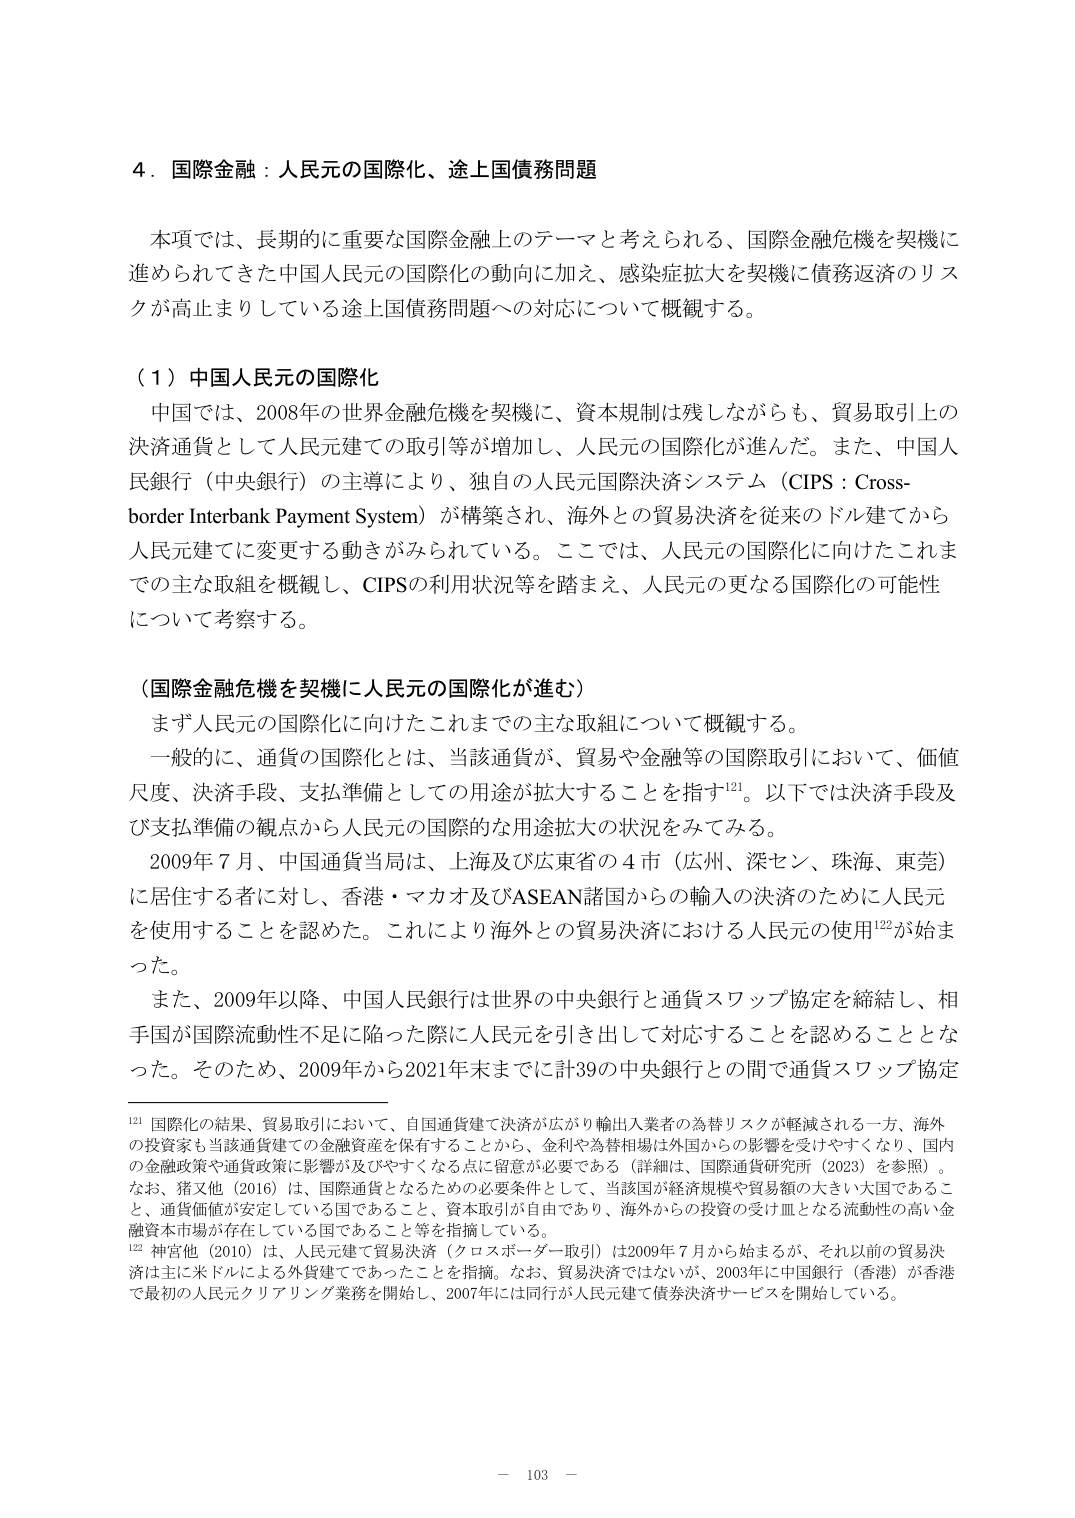
4．国際金融：人民元の国際化、途上国債務問題

本項では、長期的に重要な国際金融上のテーマと考えられる、国際金融危機を契機に進められてきた中国人民元の国際化の動向に加え、感染症拡大を契機に債務返済のリスクが高止まりしている途上国債務問題への対応について概観する。

（1）中国人民元の国際化

中国では、2008年の世界金融危機を契機に、資本規制は残しながらも、貿易取引上の決済通貨として人民元建ての取引等が増加し、人民元の国際化が進んだ。また、中国人民銀行（中央銀行）の主導により、独自の人民元国際決済システム（CIPS：Cross-border Interbank Payment System）が構築され、海外との貿易決済を従来のドル建てから人民元建てに変更する動きがみられている。ここでは、人民元の国際化に向けたこれまでの主な取組を概観し、CIPSの利用状況等を踏まえ、人民元の更なる国際化の可能性について考察する。

（国際金融危機を契機に人民元の国際化が進む）

まず人民元の国際化に向けたこれまでの主な取組について概観する。

一般的に、通貨の国際化とは、当該通貨が、貿易や金融等の国際取引において、価値尺度、決済手段、支払準備としての用途が拡大することを指す¹²¹。以下では決済手段及び支払準備の観点から人民元の国際的な用途拡大の状況を見てみる。

2009年7月、中国通貨当局は、上海及び広東省の4市（広州、深セン、珠海、東莞）に居住する者に対し、香港・マカオ及びASEAN諸国からの輸入の決済のために人民元を使用することを認めた。これにより海外との貿易決済における人民元の使用¹²²が始まった。

また、2009年以降、中国人民銀行は世界の中央銀行と通貨スワップ協定を締結し、相手国が国際流動性不足に陥った際に人民元を引き出して対応することを認めることとなった。そのため、2009年から2021年末までに計39の中央銀行との間で通貨スワップ協定

¹²¹ 国際化の結果、貿易取引において、自国通貨建て決済が広がり輸出入業者の為替リスクが軽減される一方、海外の投資家も当該通貨建ての金融資産を保有することから、金利や為替相場は外国からの影響を受けやすくなり、国内の金融政策や通貨政策に影響が及びやすくなる点に留意が必要である（詳細は、国際通貨研究所（2023）を参照）。なお、猪又他（2016）は、国際通貨となるための必要条件として、当該国が経済規模や貿易額の大きい大国であること、通貨価値が安定している国であること、資本取引が自由であり、海外からの投資の受け皿となる流動性の高い金融資本市場が存在している国であること等を指摘している。

¹²² 神宮他（2010）は、人民元建て貿易決済（クロスボーダー取引）は2009年7月から始まるが、それ以前の貿易決済は主に米ドルによる外貨建てであったことを指摘。なお、貿易決済ではないが、2003年に中国銀行（香港）が香港で最初の人民元クリアリング業務を開始し、2007年には同行が人民元建て債券決済サービスを開始している。

－ 103 －